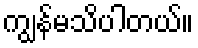
ကျွန်မသိပါတယ်။